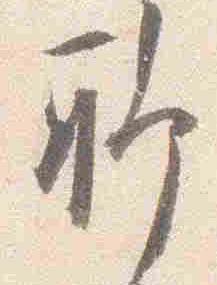
聊